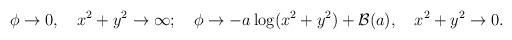
LaTeX: \begin{align*}\phi \rightarrow 0,\quad x^2+y^2\rightarrow \infty ;\quad \phi \rightarrow-a\log (x^2+y^2)+{\cal B}(a),\quad x^2+y^2\rightarrow 0. \end{align*}